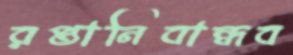
রপ্তানিবান্ধব